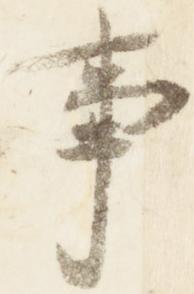
事